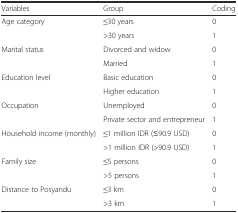
| Variables | Group | Coding |
 | --- | --- | --- |
 | Age category | ≤30 years | 0 |
 |  | >30 years | 1 |
 | Marital status | Divorced and widow | 0 |
 |  | Married | 1 |
 | Education level | Basic education | 0 |
 |  | Higher education | 1 |
 | Occupation | Unemployed | 0 |
 |  | Private sector and entrepreneur | 1 |
 | Household income (monthly) | ≤1 million IDR (≤90.9 USD) | 0 |
 |  | >1 million IDR (>90.9 USD) | 1 |
 | Family size | ≤5 persons | 0 |
 |  | >5 persons | 1 |
 | Distance to Posyandu | ≤3 km | 0 |
 |  | >3 km | 1 |